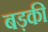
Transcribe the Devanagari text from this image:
बड़की